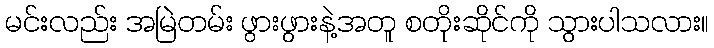
မင်းလည်း အမြဲတမ်း ဖွားဖွားနဲ့အတူ စတိုးဆိုင်ကို သွားပါသလား။